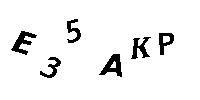
E35AKP